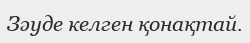
Зәуде келген қонақтай.